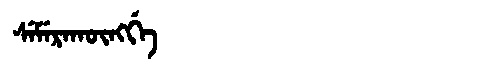
Manchu: ᠰᡝᠮᡝᡵᠠᡴᡡᠩᡤᡝ
Romanization: SEMERAKŪNGGE